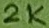
Text: 2K